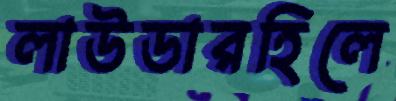
লাউডারহিলে